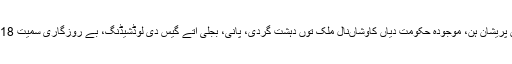
سی پیک منصوبہ تے دوست خوش اتے دشمن پریشان ہن، موجودہ حکومت دیاں کاوشاںنال ملک توں دہشت گردی، پانی، بجلی اتے گیس دی لوڈشیڈنگ، بے روزگاری سمیت 2018ءتئیںسارے بحراناں تے قابو پاگھدا ویسی۔